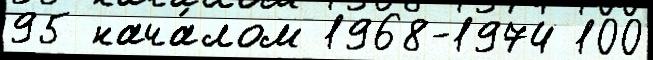
95 нача́лом 1968-1974 100